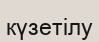
күзетілу